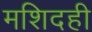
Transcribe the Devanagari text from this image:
मशिदही